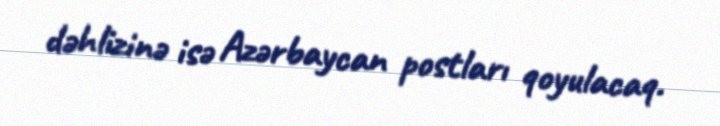
dəhlizinə isə Azərbaycan postları qoyulacaq.